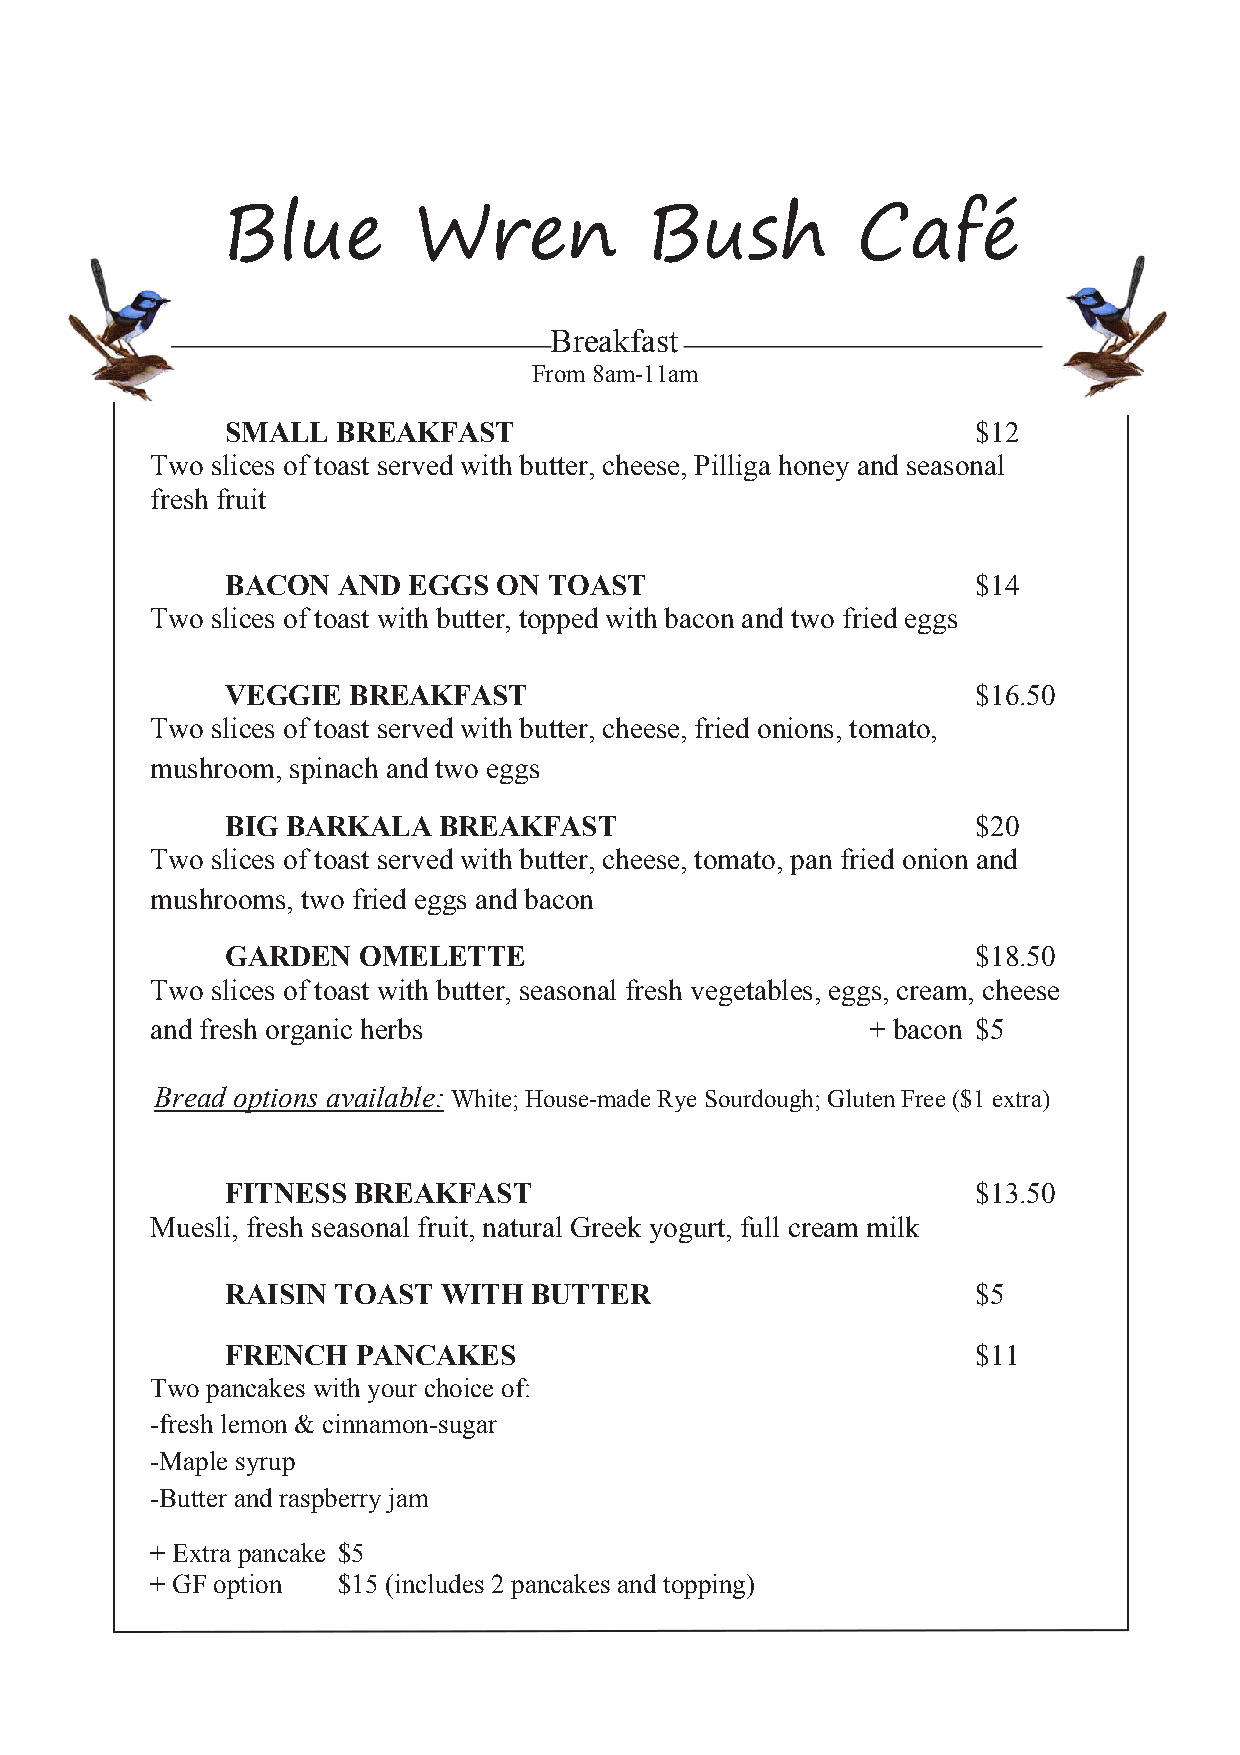
Blue        Wren            Bush          Café
 Breakfast
 From 8am-11am
 SMALL  BREAKFAST                                  $12
 Two slices of toast served with butter, cheese, Pilliga honey and seasonal
 fresh fruit
 BACON  AND  EGGS  ON TOAST                        $14
 Two slices of toast with butter, topped with bacon and two fried eggs
 VEGGIE  BREAKFAST                                 $16.50
 Two slices of toast served with butter, cheese, fried onions, tomato,
 mushroom, spinach and two eggs
 BIG BARKALA   BREAKFAST                           $20
 Two slices of toast served with butter, cheese, tomato, pan fried onion and
 mushrooms, two fried eggs and bacon
 GARDEN   OMELETTE                                 $18.50
 Two slices of toast with butter, seasonal fresh vegetables, eggs, cream, cheese
 and fresh organic herbs                         + bacon $5
 Bread options available: White; House-made Rye Sourdough; Gluten Free ($1 extra)
 FITNESS BREAKFAST                                 $13.50
 Muesli, fresh seasonal fruit, natural Greek yogurt, full cream milk
 RAISIN TOAST  WITH  BUTTER                        $5
 FRENCH   PANCAKES                                 $11
 Two pancakes with your choice of:
 -fresh lemon & cinnamon-sugar
 -Maple syrup
 -Butter and raspberry jam
 + Extra pancake $5
 + GF option $15 (includes 2 pancakes and topping)